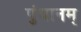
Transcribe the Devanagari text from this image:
पुंथानम्